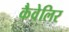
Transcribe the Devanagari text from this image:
कैवेलिर